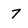
Character: 7